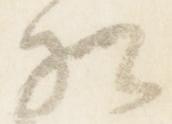
相